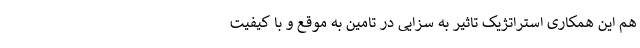
هم این همکاری استراتژیک تاثیر به سزایی در تامین به موقع و با کیفیت